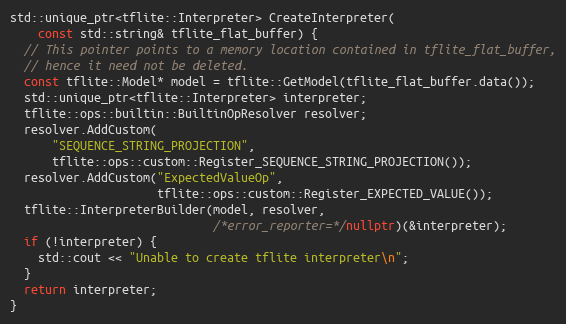
Language: C++
std::unique_ptr<tflite::Interpreter> CreateInterpreter(
    const std::string& tflite_flat_buffer) {
  // This pointer points to a memory location contained in tflite_flat_buffer,
  // hence it need not be deleted.
  const tflite::Model* model = tflite::GetModel(tflite_flat_buffer.data());
  std::unique_ptr<tflite::Interpreter> interpreter;
  tflite::ops::builtin::BuiltinOpResolver resolver;
  resolver.AddCustom(
      "SEQUENCE_STRING_PROJECTION",
      tflite::ops::custom::Register_SEQUENCE_STRING_PROJECTION());
  resolver.AddCustom("ExpectedValueOp",
                     tflite::ops::custom::Register_EXPECTED_VALUE());
  tflite::InterpreterBuilder(model, resolver,
                             /*error_reporter=*/nullptr)(&interpreter);
  if (!interpreter) {
    std::cout << "Unable to create tflite interpreter\n";
  }
  return interpreter;
}